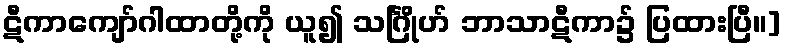
ဋီကာကျော်ဂါထာတို့ကို ယူ၍ သင်္ဂြိုဟ် ဘာသာဋီကာ၌ ပြထားပြီ။]